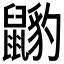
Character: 𪕺